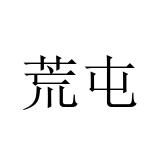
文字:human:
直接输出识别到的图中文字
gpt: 荒屯